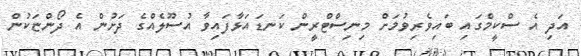
އަދި އެ ސްކީމްގައި ބައިވެރިވުމަށް މިނިސްޓްރީން ކަނޑައަޅާފައިވާ އުސޫލެއްގެ ދަށުން އެ ދޯންޏަކުން